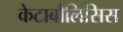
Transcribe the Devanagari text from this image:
केटाबौलिसिस